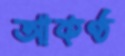
আকণ্ঠ